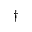
\dagger